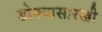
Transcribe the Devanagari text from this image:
डोक्यासारखी